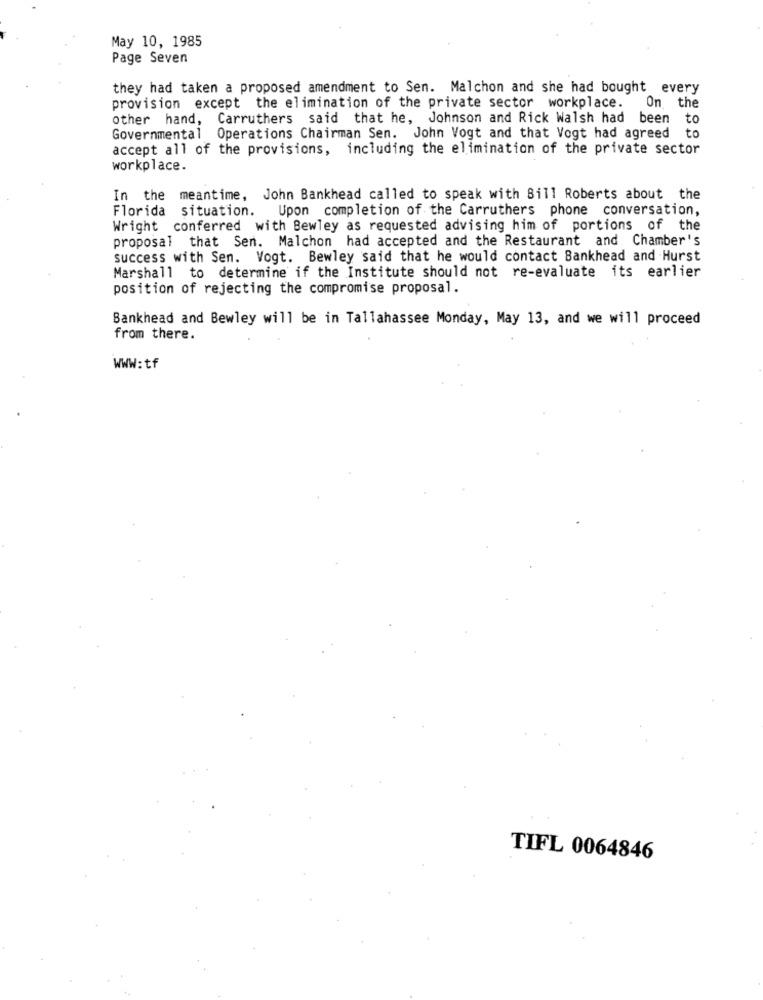
May 10, 1985
Page Seven
they had taken a proposed amendment to Sen. Malchon and she had bought every
provision except the elimination of the private sector workplace.
On the
other hand, Carruthers said that he, Johnson and Rick Walsh had been to
Governmental Operations Chairman Sen. John Vogt and that Vogt had agreed to
accept all of the provisions, including the elimination of the private sector
workplace.
In the meantime, John Bankhead called to speak with Bill Roberts about the
Florida
situation. Upon completion of the Carruthers phone conversation,
Wright conferred with Bewley as requested advising him of portions of the
proposal that Sen. Malchon had accepted and the Restaurant and Chamber's
success with Sen. Vogt. Bewley said that he would contact Bankhead and Hurst
Marshall to determine if the Institute should not re-evaluate its earlier
position of rejecting the compromise proposal.
Bankhead and Bewley will be in Tallahassee Monday, May 13, and we will proceed
from there.
WWW:tf
TIFL 0064846